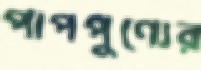
পাপপুণ্যের